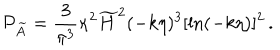
{ \cal P } _ { \widetilde { A } } = { \frac { 3 } { \pi ^ { 3 } } } \kappa ^ { 2 } \widetilde { H } ^ { 2 } ( - k \eta ) ^ { 3 } [ \ln ( - k \eta ) ] ^ { 2 } \, .